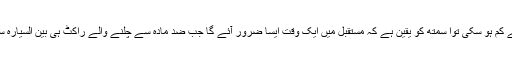
اگر ضد مادّہ کی لاگت مزید فنی بہتری اور بڑے پیمانے پر پیداوار کی وجہ سے کم ہو سکی توا سمتھ کو یقین ہے کہ مستقبل میں ایک وقت ایسا ضرور آئے گا جب ضد مادّہ سے چلنے والے راکٹ ہی بین السیارہ سفر بلکہ ہو سکتا ہے کہ بین النجم سفر میں ریڑھ کی ہڈی کی حیثیت رکھیں گے۔